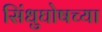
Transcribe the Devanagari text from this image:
सिंधुघोषच्या